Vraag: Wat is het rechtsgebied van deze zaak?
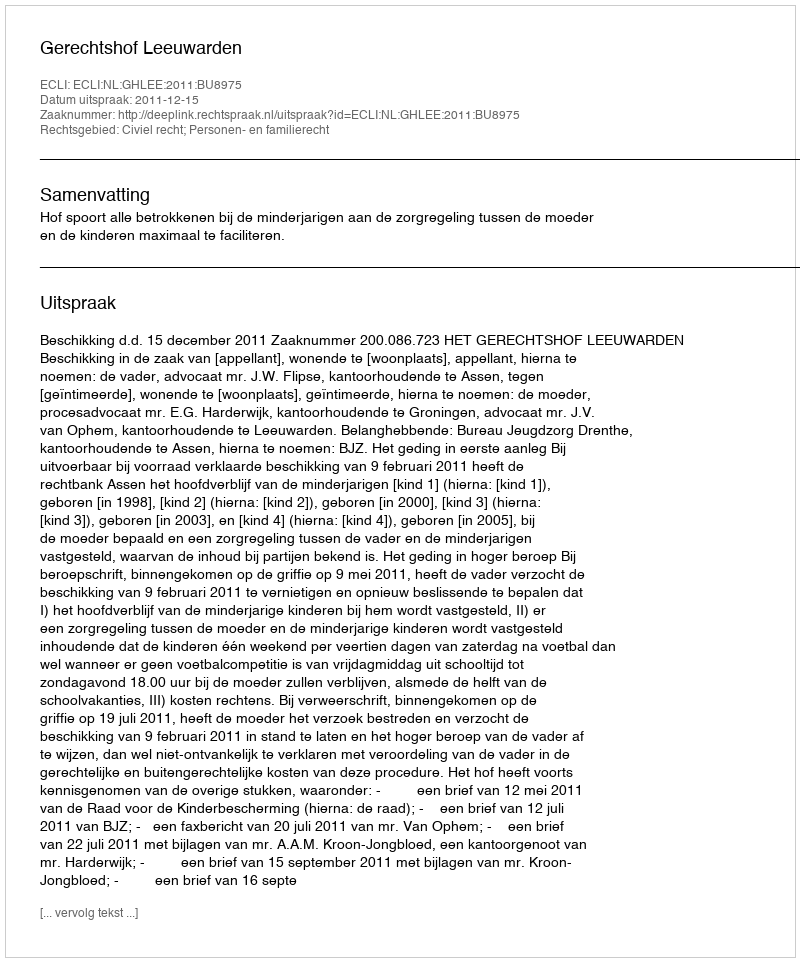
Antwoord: Civiel recht; Personen- en familierecht